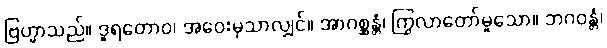
ဗြဟ္မာသည်။ ဒူရတောဝ၊ အဝေးမှသာလျှင်။ အာဂစ္ဆန္တံ၊ ကြွလာတော်မူသော။ ဘဂဝန္တံ၊